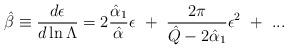
LaTeX: \begin{align*}\hat\beta\equiv{d\epsilon\over d\ln \Lambda}= 2\frac{{\hat\alpha_1}}{{\hat\alpha}}\epsilon~+~{2\pi\over \hat Q-2\hat\alpha_1}\epsilon^2~+~...\end{align*}